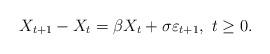
LaTeX: \begin{align*}X_{t+1}-X_t=\beta X_t +\sigma\varepsilon_{t+1},\ t\geq 0.\end{align*}